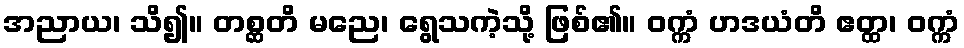
အညာယ၊ သိ၍။ တစ္ဆတိ မညေ၊ ရွေသကဲ့သို့ ဖြစ်၏။ ဝက္ကံ ဟဒယံတိ ဧတ္ထ၊ ဝက္ကံ